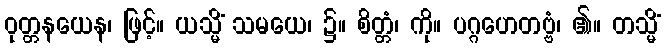
ဝုတ္တနယေန၊ ဖြင့်။ ယသ္မိံ သမယေ၊ ၌။ စိတ္တံ၊ ကို။ ပဂ္ဂဟေတဗ္ဗံ၊ ၏။ တသ္မိံ